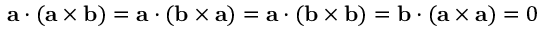
\mathbf { a } \cdot ( \mathbf { a } \times \mathbf { b } ) = \mathbf { a } \cdot ( \mathbf { b } \times \mathbf { a } ) = \mathbf { a } \cdot ( \mathbf { b } \times \mathbf { b } ) = \mathbf { b } \cdot ( \mathbf { a } \times \mathbf { a } ) = 0